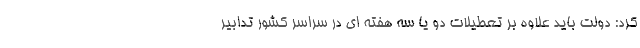
کرد: دولت باید علاوه بر تعطیلات دو یا سه هفته ای در سراسر کشور تدابیر